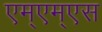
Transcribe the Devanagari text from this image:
एम्एम्एस